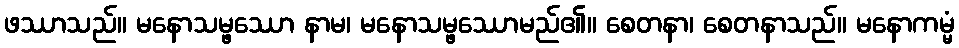
ဖဿာသည်။ မနောသမ္ဖဿော နာမ၊ မနောသမ္ဖဿောမည်၏။ စေတနာ၊ စေတနာသည်။ မနောကမ္မံ